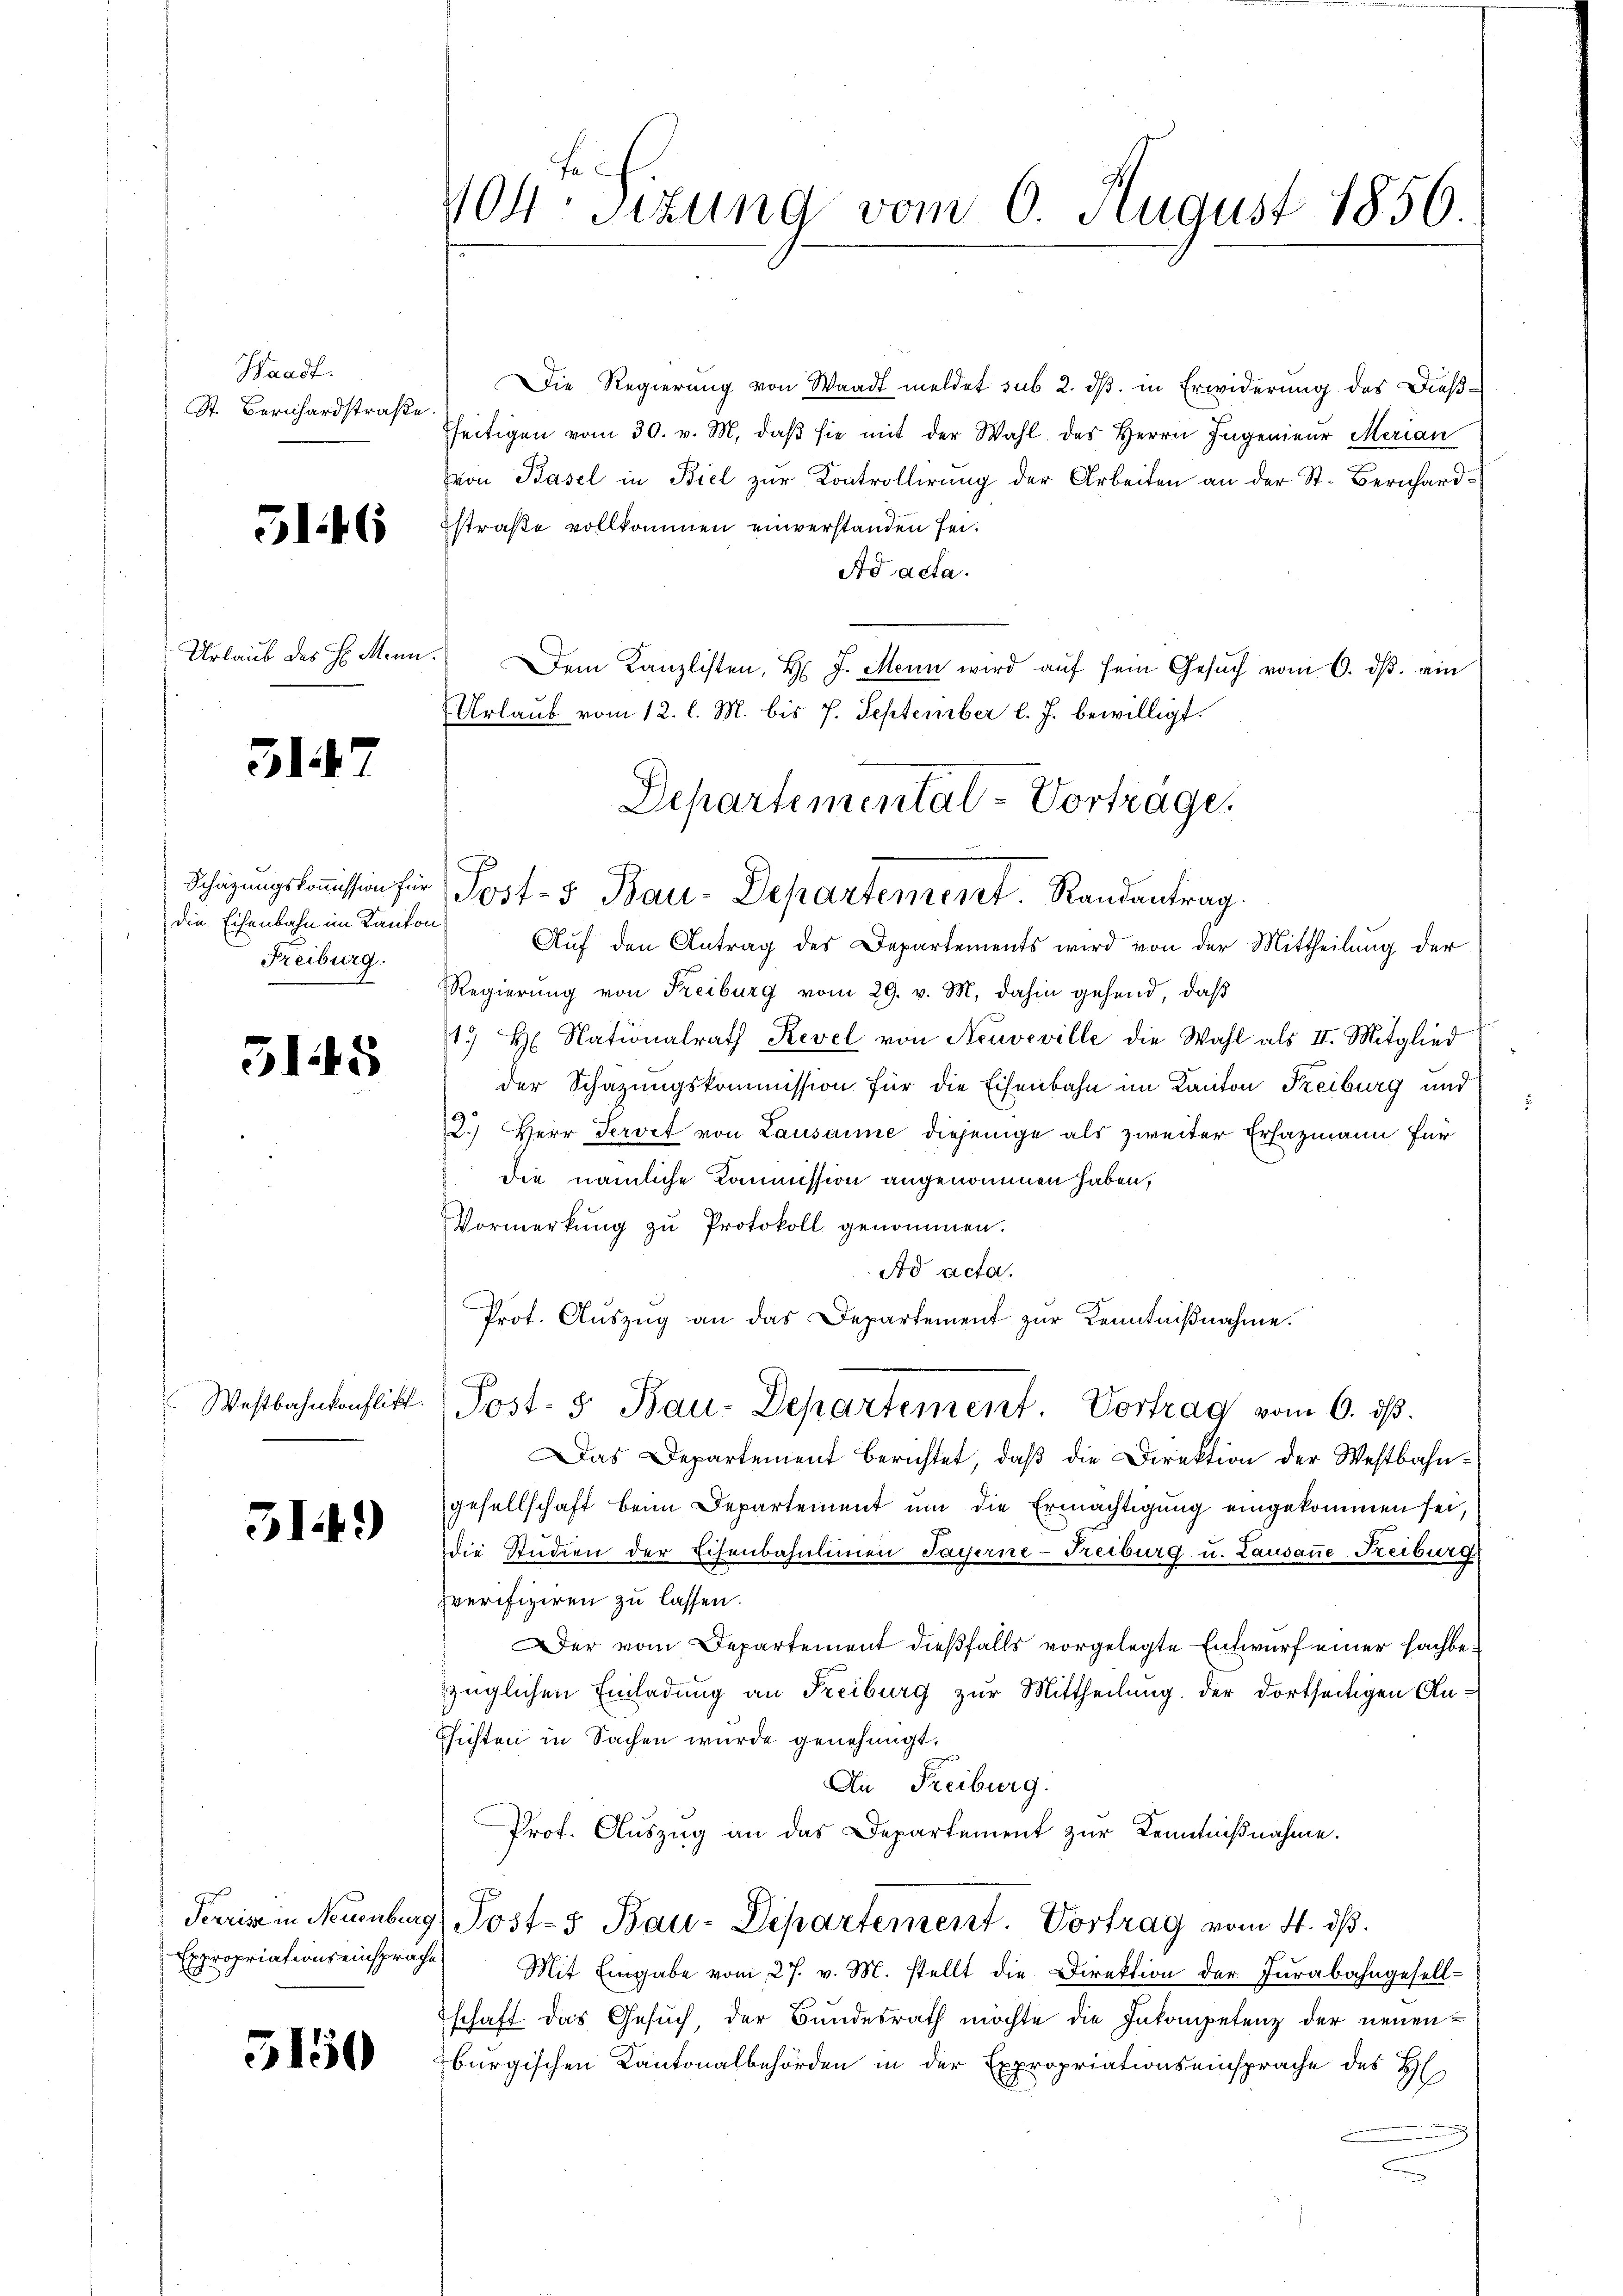
Waadt.
St. Bernhardstraße

5146

Urlaub des H. Menn.

3147

die Eisenbahn im Kanton
Freiburg.

515

514.)

5150

Die Regierung von Waadt meldet sub 2. ds. in Erwiderung des Dießfseitigen vom 30. v. M. daβ sie mit der Wahl. des Herrn Ingenieŭr Merian
von Basel in Biel zur Kontrollirung der Arbeiten an der St. Bernhard-
straße vollkommen einverstanden sei.
Ad acta.
Dem Kanzlisten, H. J. Mein wird auf sein Gesuch vom 6. ds. ein
Urlaub vom 12. l. M. bis 7. September l. J. bewilligt.
Departementat-Vorträge.
Schazungskoṁission für Post-5 Bau-Departement. Randantrag.
Aŭf den Antrag des Departements wird von der Mittheilung der
Regierung von Freiburg vom 29. v. M. dahin gehend, daß
1.) H. Nationalrath Revel von Neuveville die Wahl als II. Mitglied
der Schazungskommission für die Eisenbahn im Kanton Freiburg und
2.) Herr Servit von Lausanne diejenige als zweiter Erhazmann für
die nämliche Kommission angenommen haben,
Vormerkŭng zŭ Protokoll genommen.
Ad acta.
Prot. Auszug an das Departement zur Kenntnißnahme.
Westbahnkonflikt (Post- 5. Bau-Departement Vortrag vom 6. dβ.
Das Departement berichtet, daß die Direktion der Westbahngesellschaft beim Departement um die Ermächtigung eingekommen sei,
die Studien der Eisenbahnlinien Payerne-Freiburg u. Lausanne-Freiburg
zverifiziren zu lassen.
er vom Departement dießfalls vorgelegte Entwurf einer Fachbezüglichen Einladung an Freiburg zŭr Mittheilŭng der dortseitigen An-
ssichten in Sachen wurde genehmigt.
An Freiburg.
Prof. Auszug an das Departement zur Kenntnißnahme.
Perrise in Neuenburg, Post-3 Bau-Departement. Vortrag vom 4. ds.
Expropriationseinsprache Mit Eingabe vom 27. v. M. stellt die Direktion der Jurabahngesellschaft. Das Gesuch, der Bundesrath möchte die Inkompetenz der neuenburgischen Kantonalbehörden in der Expropriationseinsprache des H

104. Sizung vom 6. August 1856.